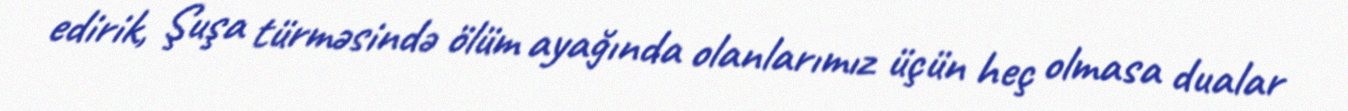
edirik, Şuşa türməsində ölüm ayağında olanlarımız üçün heç olmasa dualar